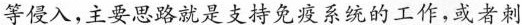
\underline{等侵入，主要思路就是支持免疫系统的工作，或者刺}